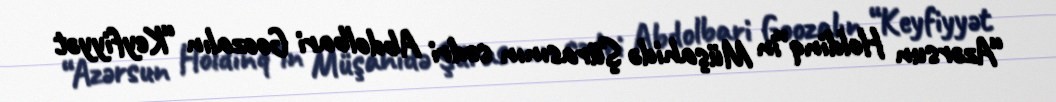
“Azərsun Holdinq”in Müşahidə Şürasının sədri Abdolbari Goozalın “Keyfiyyət